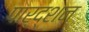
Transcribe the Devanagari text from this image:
पार्द्शन